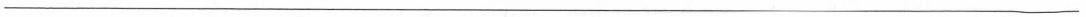
___